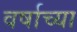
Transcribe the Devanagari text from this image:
वर्षाच्‍या